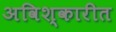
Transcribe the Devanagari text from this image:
अविश्कारीत